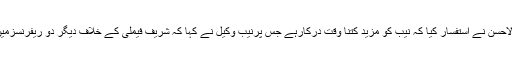
سماعت کے دوران جسٹس اعجاز الاحسن نے استفسار کیا کہ نیب کو مزید کتنا وقت درکارہے جس پرنیب وکیل نے کہا کہ شریف فیملی کے خلاف دیگر دو ریفرنسزمیں کوئی خاص پیش رفت نہیں ہوئی۔